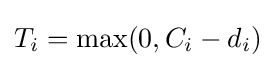
T_{i}=\max(0,C_{i}-d_{i})